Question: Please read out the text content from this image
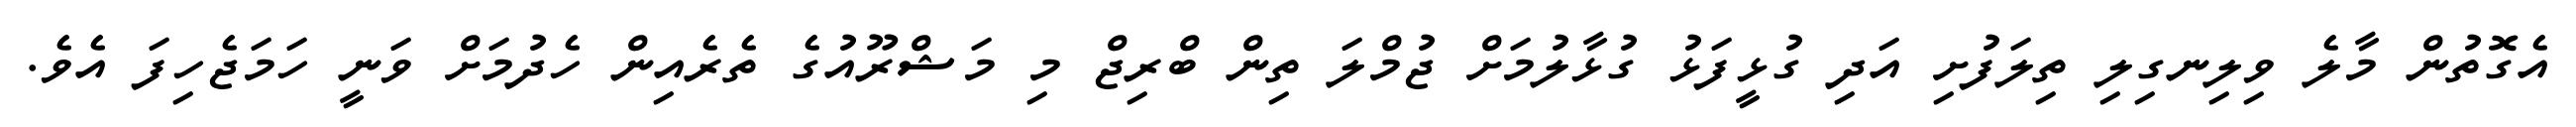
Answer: އެގޮތުން މާލެ ވިލިނގިލި ތިލަފުށި އަދި ގުޅީފަޅު ގުޅާލުމަށް ޖުމްލަ ތިން ބްރިޖް މި މަޝްރޫއުގެ ތެރެއިން ހެދުމަށް ވަނީ ހަމަޖެހިފަ އެވެ.